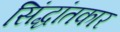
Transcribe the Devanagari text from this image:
सिंद्धांतकार